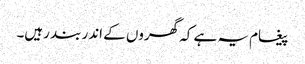
پیغام یہ ہے کہ گھروں کے اندر بند رہیں۔